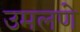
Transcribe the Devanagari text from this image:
उमलणे